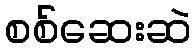
စစ်ဆေးဆဲ